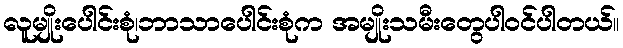
လူမျိုးပေါင်းစုံ၊ဘာသာပေါင်းစုံက အမျိုးသမီးတွေပါဝင်ပါတယ်။